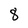
Character: 8